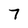
Character: 7